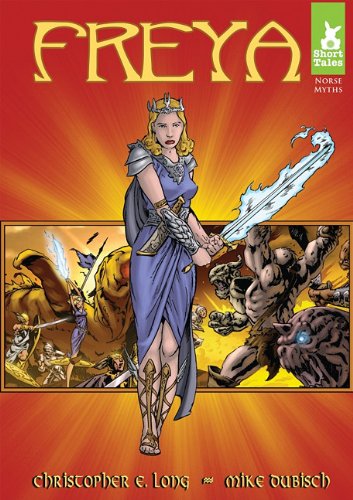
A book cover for Freya (Short Tales: Norse Myths); Christopher E. Long; Children's Books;